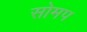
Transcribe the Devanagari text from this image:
सोमप